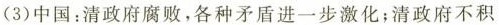
(3)中国：清政府腐败，各种矛盾进一步激化；清政府不积